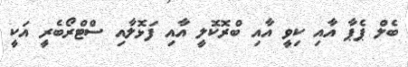
ބެލް ޕެޕާ އާއި ކިވީ އާއި ބްރޮކޮލީ އާއި ފަޅޮލާއި ސްޓްރޯބެރީ އަކީ